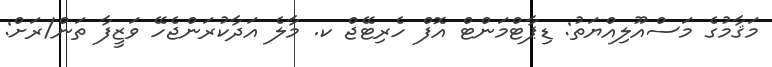
މަޤާމުގެ މަސްއޫލިއްޔަތު: ޑިޕާޓްމަންޓް އޮފް ހެރިޓޭޖް ކ. މާލެ އަދާކުރަންޖެހޭ ވަޒީފާ ތަން/ރަށް: